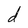
Character: d